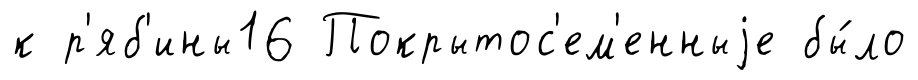
к р'яб'ины16 Покрытос'ем'енныjе бы́ло